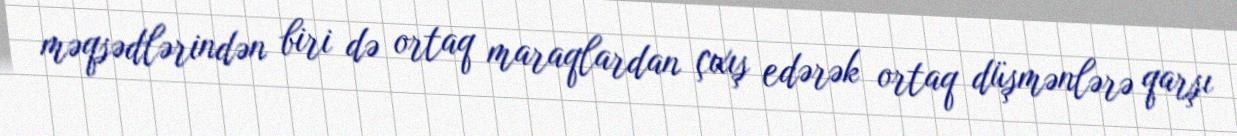
məqsədlərindən biri də ortaq maraqlardan çıxış edərək ortaq düşmənlərə qarşı